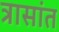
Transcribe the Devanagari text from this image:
त्रासांत